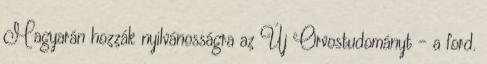
Magyarán hozzák nyilvánosságra az Új Orvostudományt - a ford.